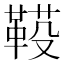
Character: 𩋐